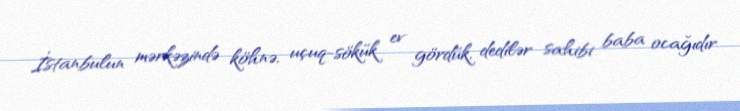
İstanbulun mərkəzində köhnə, uçuq-sökük ev gördük, dedilər sahibi baba ocağıdır